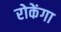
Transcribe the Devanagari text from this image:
रोकेंगा